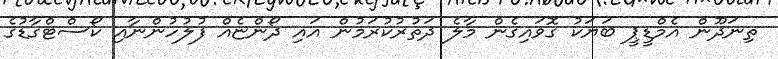
ތިނަދޫން އެމްޑީޕީ ބަޔަކު ގޮވައިގެން މާލެ ދަތުރުކުރަމުން އައި ދޯންޏެއް ފުލުހުންނާއި ކޯސްޓްގާޑުގެ